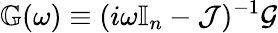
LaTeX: \mathbb G(\omega)\equiv(i\omega\mathbb{I}_{n}-\mathcal J)^{-1}\mathcal{G}